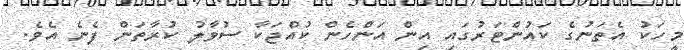
މީހަކު އެތަނުގެ ކައުންޓަރުގައި އިން އަންހެން ކުއްޖަކާ ސުވާލު ކުރާތަން ފެނެ އެވެ.